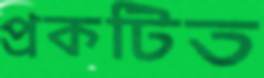
প্রকটিত